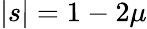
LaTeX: \lvert s\rvert=1-2\mu